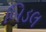
બિડલ